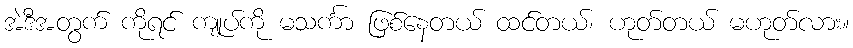
အဲဒီအတွက် ကိုရင် ကျုပ်ကို မသင်္ကာ ဖြစ်နေတယ် ထင်တယ်၊ ဟုတ်တယ် မဟုတ်လား။